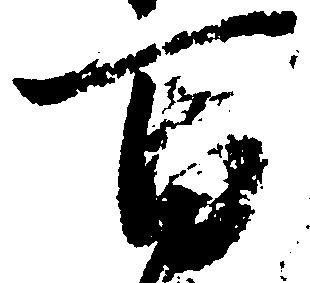
百